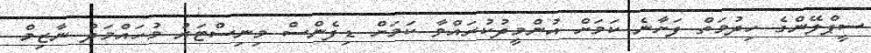
ސީޕްލޭންގެ ހިދުމަތް ފަށާނެ ކަމަށް އުންމީދުކުރައްވާ ކަމަށް ޑިފެންސް މިނިސްޓަރު މުހައްމަދު ނާޒިމް